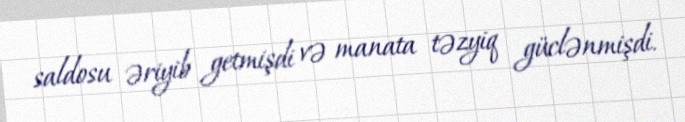
saldosu əriyib getmişdi və manata təzyiq güclənmişdi.